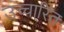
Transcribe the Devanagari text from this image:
उच्चा्रित